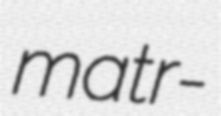
matr-